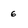
Character: 6